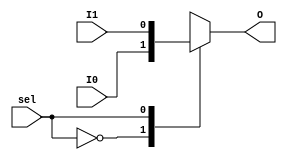

module MUX2 (
  input  wire I0, I1,
  output reg  O,
  input  wire sel
);

  always @(*) begin
    case (sel)
      1'b0: O = I0;
      1'b1: O = I1;
    endcase
  end

endmodule